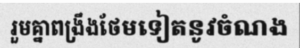
រួមគ្នាពង្រឹងថែមទៀតនូវចំណង